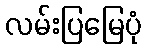
လမ်းပြမြေပုံ